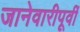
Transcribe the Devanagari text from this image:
जानेवारीपूर्वी